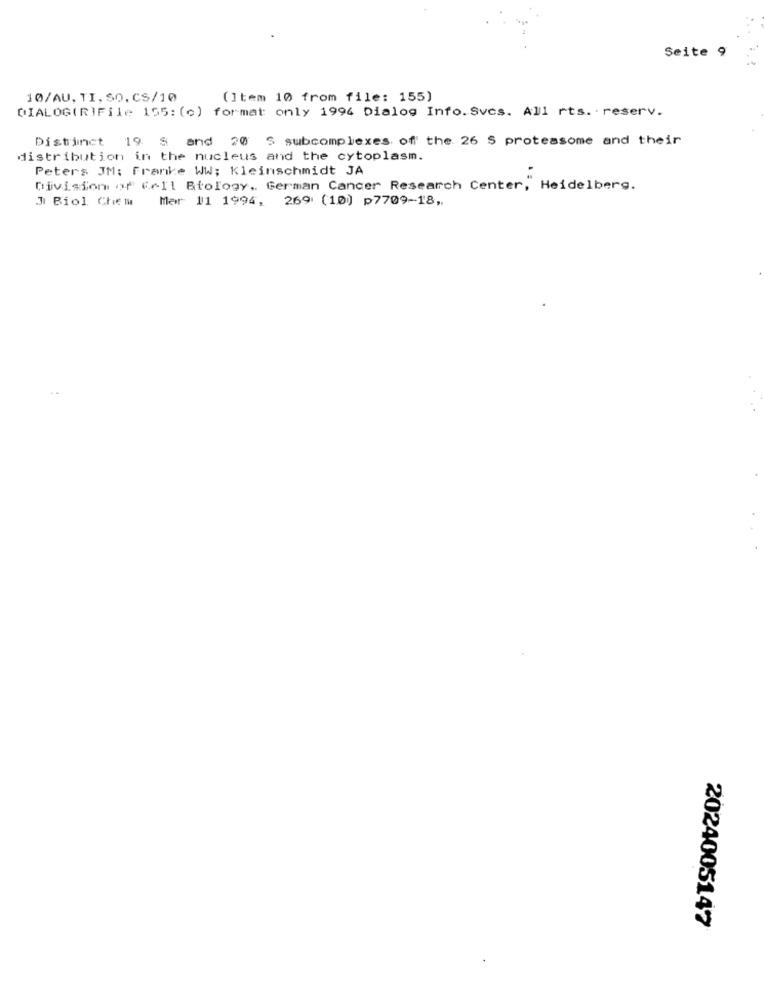
Seite 9
10/AU, TI, SO. CS/10
(Item 10 from file: 155)
DIALOG(R)File 155: (c) format only 1994 Dialog Info. Svcs. All rts. reserv.
Distinct 19 8 and 20 S subcomplexes of the 26 S protessome and their
distribution in the nucleus and the cytoplasm.
Peters JM: Franke WW; Kleinschmidt JA
Division of cell Biology, German Cancer Research Center, Heidelberg.
Ji Biol Chem
Mar 11 1994, 269 (10) p7709-18,
2024005147